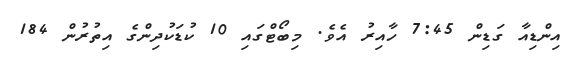
އިންޑިއާ ގަޑިން 7:45 ހާއިރު އެވެ. މިބޯޓްގައި 10 ކުޑަކުދިންގެ އިތުރުން 184